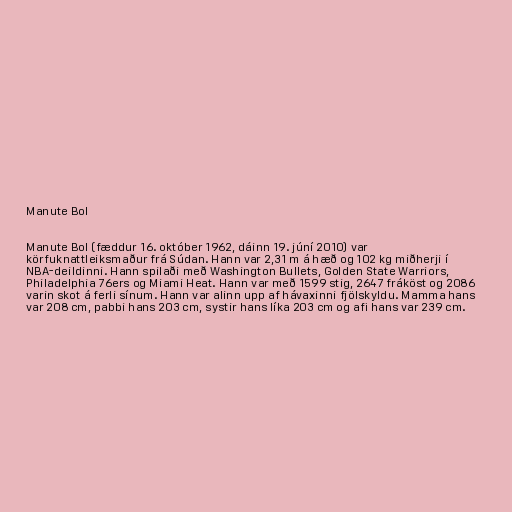
Manute Bol

Manute Bol (fæddur 16. október 1962, dáinn 19. júní 2010) var
körfuknattleiksmaður frá Súdan. Hann var 2,31 m á hæð og 102 kg miðherji í
NBA-deildinni. Hann spilaði með Washington Bullets, Golden State Warriors,
Philadelphia 76ers og Miami Heat. Hann var með 1599 stig, 2647 fráköst og 2086
varin skot á ferli sínum. Hann var alinn upp af hávaxinni fjölskyldu. Mamma hans
var 208 cm, pabbi hans 203 cm, systir hans líka 203 cm og afi hans var 239 cm.